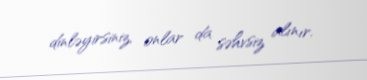
dinləyirsiniz, onlar da səhvsiz alınır.